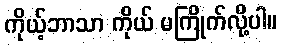
ကိုယ့်ဘာသာ ကိုယ် မကြိုက်လို့ပါ။